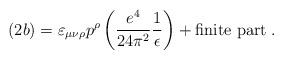
LaTeX: \begin{align*}(2b) = \varepsilon_{\mu\nu\rho} p^\rho\left(\frac{e^4}{24\pi^2}\frac{1}{\epsilon}\right) + \mbox{finite part}\; .\end{align*}